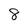
Character: 8